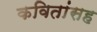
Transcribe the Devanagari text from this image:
कवितांसह